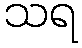
သရ